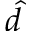
\hat { d }